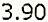
3.90